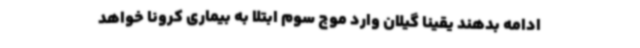
ادامه بدهند یقیناً گیلان وارد موج سوم ابتلا به بیماری کرونا خواهد